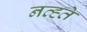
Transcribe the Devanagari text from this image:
नव्ह्ते